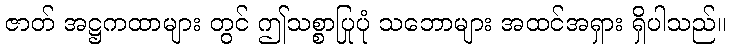
ဇာတ် အဋ္ဌကထာများ တွင် ဤသစ္စာပြုပုံ သဘောများ အထင်အရှား ရှိပါသည်။